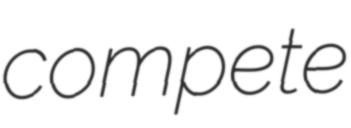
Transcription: compete